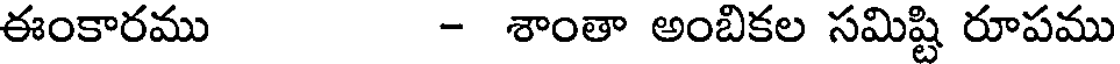
ఈంకారము - శాంతా అంబికల సమిష్టి రూపము